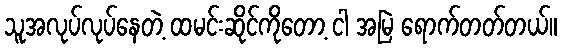
သူအလုပ်လုပ်နေတဲ့ ထမင်းဆိုင်ကိုတော့ ငါ အမြဲ ရောက်တတ်တယ်။